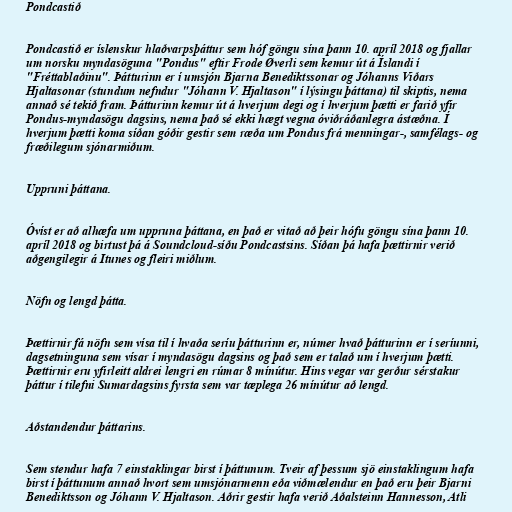
Pondcastið

Pondcastið er íslenskur hlaðvarpsþáttur sem hóf göngu sína þann 10. apríl 2018 og fjallar
um norsku myndasöguna "Pondus" eftir Frode Øverli sem kemur út á Íslandi í
"Fréttablaðinu". Þátturinn er í umsjón Bjarna Benediktssonar og Jóhanns Viðars
Hjaltasonar (stundum nefndur "Jóhann V. Hjaltason" í lýsingu þáttana) til skiptis, nema
annað sé tekið fram. Þátturinn kemur út á hverjum degi og í hverjum þætti er farið yfir
Pondus-myndasögu dagsins, nema það sé ekki hægt vegna óviðráðanlegra ástæðna. Í
hverjum þætti koma síðan góðir gestir sem ræða um Pondus frá menningar-, samfélags- og
fræðilegum sjónarmiðum.

Uppruni þáttana.

Óvíst er að alhæfa um uppruna þáttana, en það er vitað að þeir hófu göngu sína þann 10.
apríl 2018 og birtust þá á Soundcloud-síðu Pondcastsins. Síðan þá hafa þættirnir verið
aðgengilegir á Itunes og fleiri miðlum.

Nöfn og lengd þátta.

Þættirnir fá nöfn sem vísa til í hvaða seríu þátturinn er, númer hvað þátturinn er í seríunni,
dagsetninguna sem vísar í myndasögu dagsins og það sem er talað um í hverjum þætti.
Þættirnir eru yfirleitt aldrei lengri en rúmar 8 mínútur. Hins vegar var gerður sérstakur
þáttur í tilefni Sumardagsins fyrsta sem var tæplega 26 mínútur að lengd.

Aðstandendur þáttarins.

Sem stendur hafa 7 einstaklingar birst í þáttunum. Tveir af þessum sjö einstaklingum hafa
birst í þáttunum annað hvort sem umsjónarmenn eða viðmælendur en það eru þeir Bjarni
Benediktsson og Jóhann V. Hjaltason. Aðrir gestir hafa verið Aðalsteinn Hannesson, Atli